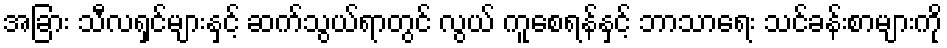
အခြား သီလရှင်များနှင့် ဆက်သွယ်ရာတွင် လွယ် ကူစေရန်နှင့် ဘာသာရေး သင်ခန်းစာများကို